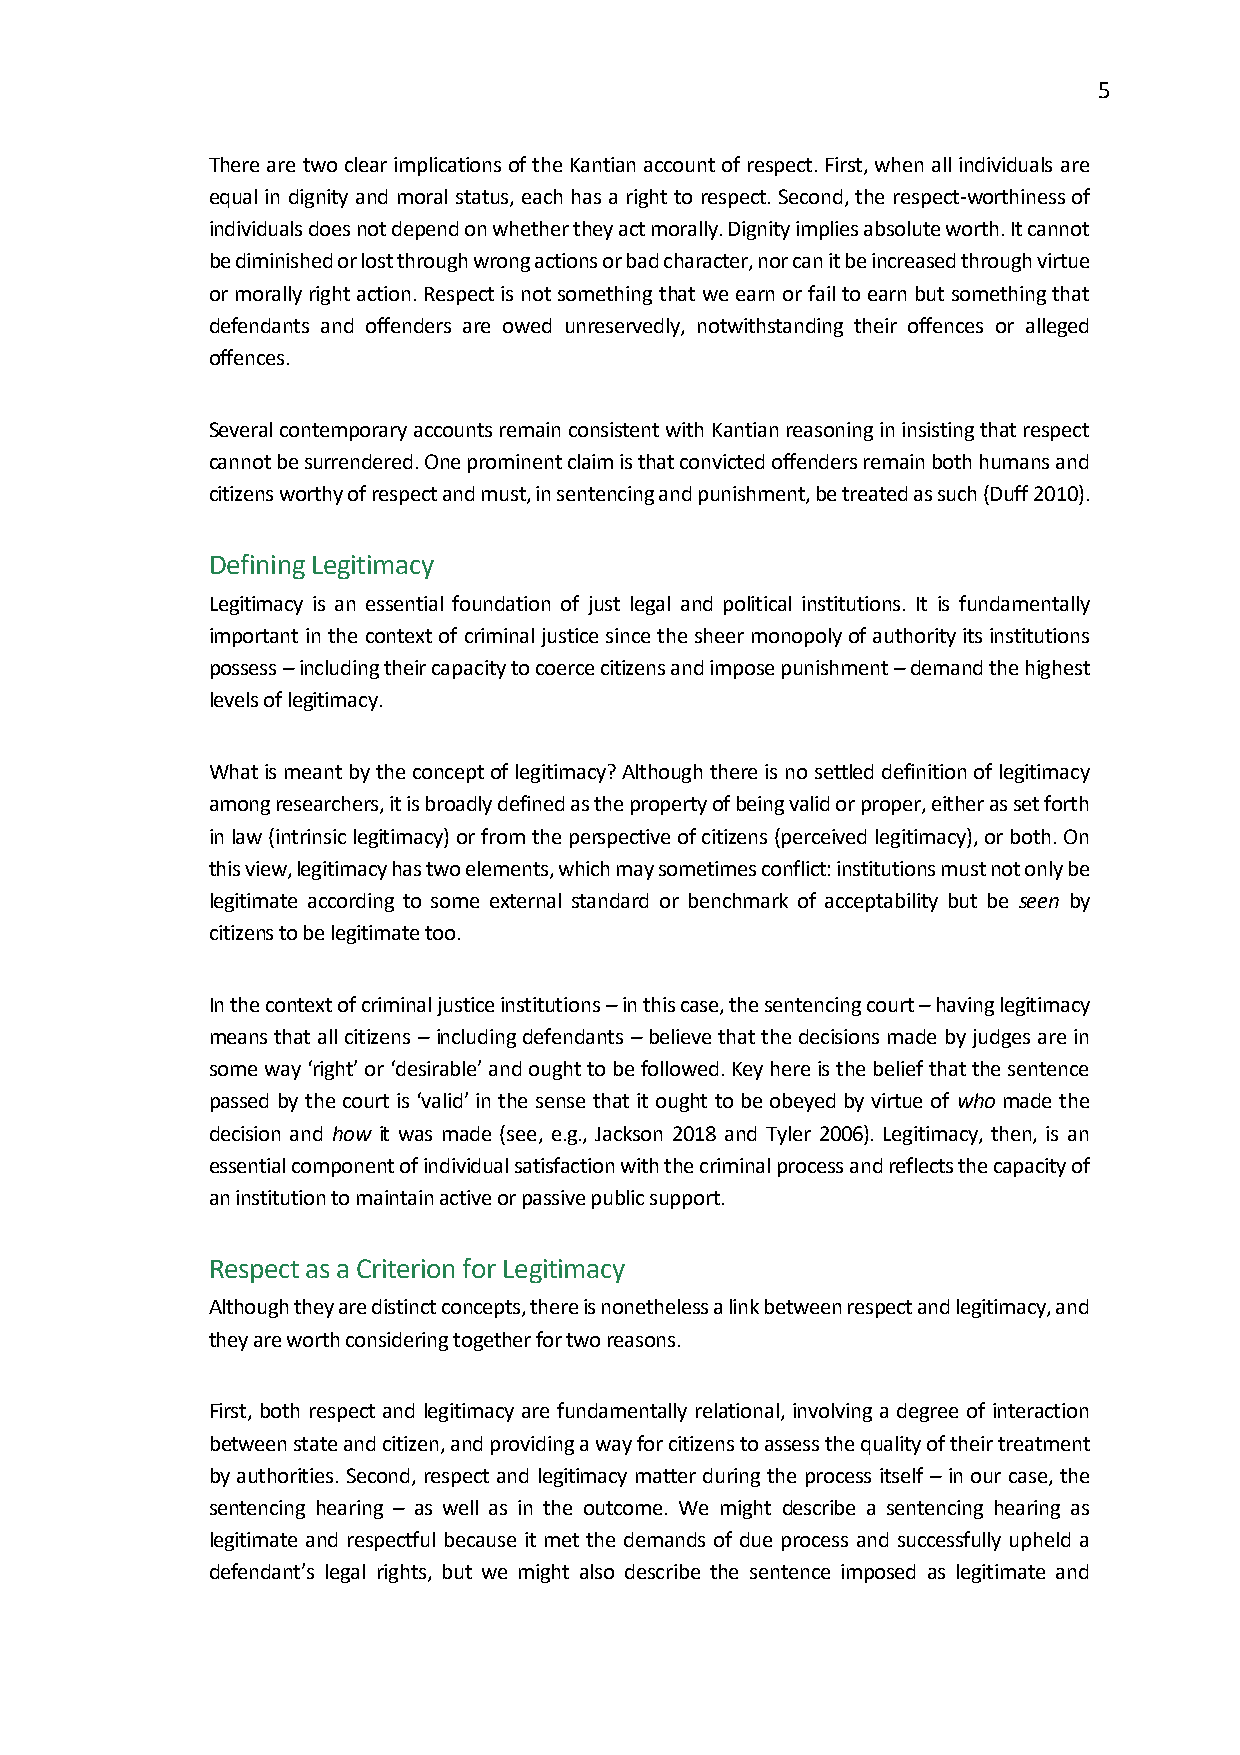
5
 There are two clear implications of the Kantian account of respect. First, when all individuals are
 equal in dignity and moral status, each has a right to respect. Second, the respect-worthiness of
 individuals does not depend on whether they act morally. Dignity implies absolute worth. It cannot
 be diminished or lost through wrong actions or bad character, nor can it be increased through virtue
 or morally right action. Respect is not something that we earn or fail to earn but something that
 defendants and offenders are owed unreservedly, notwithstanding their offences or alleged
 offences.
 Several contemporary accounts remain consistent with Kantian reasoning in insisting that respect
 cannot be surrendered. One prominent claim is that convicted offenders remain both humans and
 citizens worthy of respect and must, in sentencing and punishment, be treated as such (Duff 2010).
 Defining Legitimacy
 Legitimacy is an essential foundation of just legal and political institutions. It is fundamentally
 important in the context of criminal justice since the sheer monopoly of authority its institutions
 possess – including their capacity to coerce citizens and impose punishment – demand the highest
 levels of legitimacy.
 What is meant by the concept of legitimacy? Although there is no settled definition of legitimacy
 among researchers, it is broadly defined as the property of being valid or proper, either as set forth
 in law (intrinsic legitimacy) or from the perspective of citizens (perceived legitimacy), or both. On
 this view, legitimacy has two elements, which may sometimes conflict: institutions must not only be
 legitimate according to some external standard or benchmark of acceptability but be seen by
 citizens to be legitimate too.
 In the context of criminal justice institutions – in this case, the sentencing court – having legitimacy
 means that all citizens – including defendants – believe that the decisions made by judges are in
 some way ‘right’ or ‘desirable’ and ought to be followed. Key here is the belief that the sentence
 passed by the court is ‘valid’ in the sense that it ought to be obeyed by virtue of who made the
 decision and how it was made (see, e.g., Jackson 2018 and Tyler 2006). Legitimacy, then, is an
 essential component of individual satisfaction with the criminal process and reflects the capacity of
 an institution to maintain active or passive public support.
 Respect as a Criterion for Legitimacy
 Although they are distinct concepts, there is nonetheless a link between respect and legitimacy, and
 they are worth considering together for two reasons.
 First, both respect and legitimacy are fundamentally relational, involving a degree of interaction
 between state and citizen, and providing a way for citizens to assess the quality of their treatment
 by authorities. Second, respect and legitimacy matter during the process itself – in our case, the
 sentencing hearing – as well as in the outcome. We might describe a sentencing hearing as
 legitimate and respectful because it met the demands of due process and successfully upheld a
 defendant’s legal rights, but we might also describe the sentence imposed as legitimate and